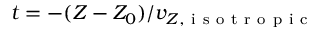
t = - ( Z - Z _ { 0 } ) / v _ { Z , \mathrm { ~ i ~ s ~ o ~ t ~ r ~ o ~ p ~ i ~ c ~ } }